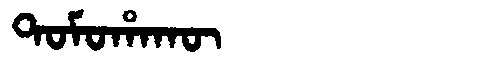
Manchu: ᡨᠣᠮᠣᡥᠠᡴᡡ
Romanization: TOMOHAKŪ